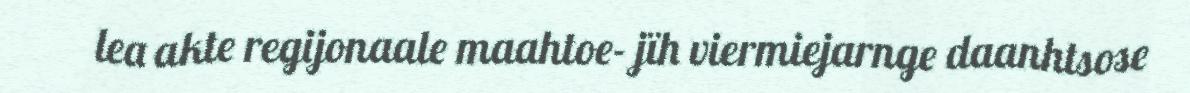
lea akte regijonaale maahtoe- jïh viermiejarnge daanhtsose